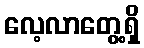
လေ့လာတွေ့ရှိ